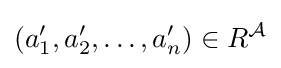
(a_{1}',a_{2}',\dots ,a_{n}')\in R^{\mathcal {A}}